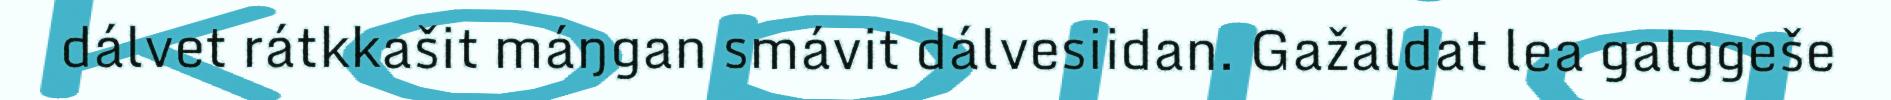
dálvet rátkkašit máŋgan smávit dálvesiidan. Gažaldat lea galggeše